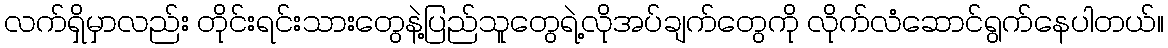
လက်ရှိမှာလည်း တိုင်းရင်းသားတွေနဲ့ပြည်သူတွေရဲ့လိုအပ်ချက်တွေကို လိုက်လံဆောင်ရွက်နေပါတယ်။